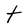
Character: t